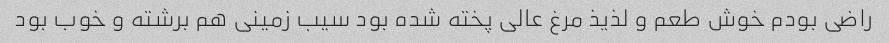
راضی بودم خوش طعم و لذیذ مرغ عالی پخته شده بود سیب زمینی هم برشته و خوب بود